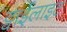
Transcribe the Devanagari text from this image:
ट्वाईलाइट